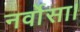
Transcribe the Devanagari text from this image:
नर्वोसा।